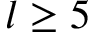
l \geq 5